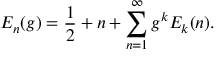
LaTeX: E _ { n } ( g ) = \frac { 1 } { 2 } + n + \sum _ { n = 1 } ^ { \infty } g ^ { k } E _ { k } ( n ) .